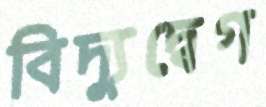
বিদ্যুদ্বেগ